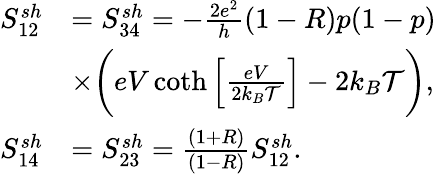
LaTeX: \begin{array}{rl}{{S_{12}^{sh}}}&{=S_{34}^{sh}=-\frac{2e^{2}}{h}(1-R)p(1-p)}\\ &{\times\bigg(eV\coth\left[\frac{eV}{2k_{B}\mathcal{T}}\right]-2k_{B}\mathcal{T}\bigg),}\\ {{S_{14}^{sh}}}&{=S_{23}^{sh}=\frac{(1+R)}{(1-R)}S_{12}^{sh}.}\end{array}